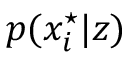
p ( x _ { i } ^ { \star } | z )